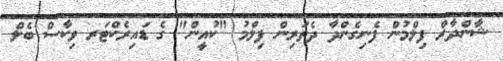
ޝާންދާރް ފިލްމުން ފެނިގެންދާ ދެތަރިން ފިލްމު "ކުއީން" ގެ ޑައިރެކްޓަރ ވިކާސް ބެލް